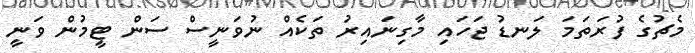
މެޗުގެ ފުރަތަމަ ލަނޑު ޖަހައި މާގިނައިރު ތަކެއް ނުވަނީސް ސަން ޓީމުން ވަނީ